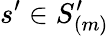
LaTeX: s^{\prime}\in S_{(m)}^{\prime}